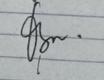
Signature authenticity: genuine